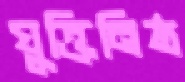
যুক্তিনিষ্ঠ